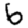
Digit: 6